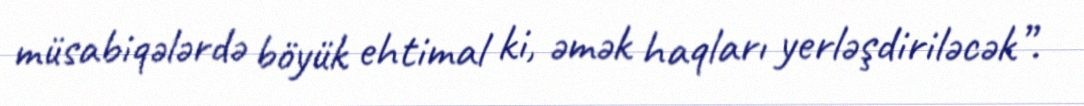
müsabiqələrdə böyük ehtimal ki, əmək haqları yerləşdiriləcək”.